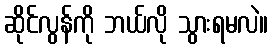
ဆိုင်လွန်ကို ဘယ်လို သွားရမလဲ။